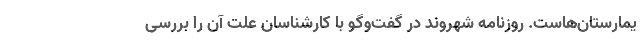
یمارستان‌هاست. روزنامه شهروند در گفت‌وگو با کارشناسان علت آن را بررسی